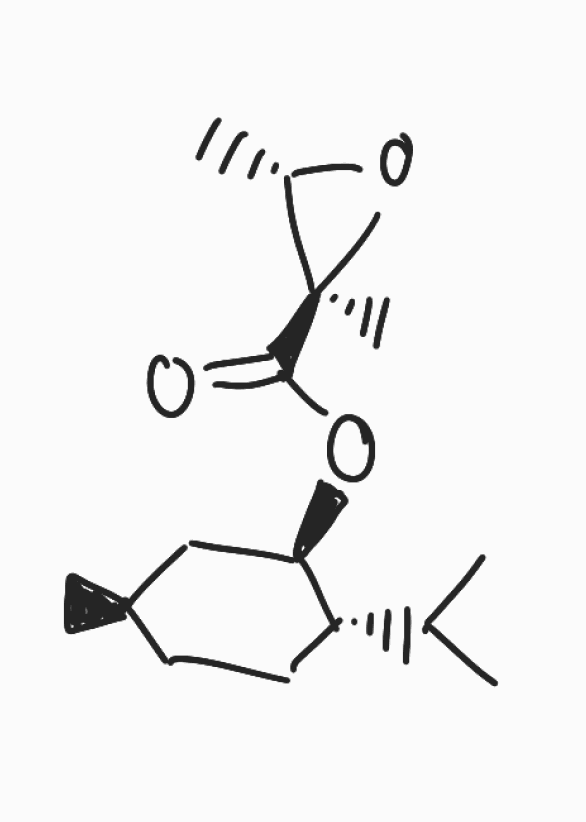
Simplified molecular-input line-entry system (SMILES) notation of the given molecule:
C[C@@H]1CC[C@H]([C@@H](C1)OC(=O)[C@]2([C@@H](O2)C)C)C(C)C